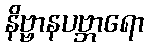
နိဗ္ဗာနပဗ္ဘာရော